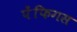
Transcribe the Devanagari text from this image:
पेंफिगस